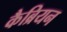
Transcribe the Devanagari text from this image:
कैब्रियन